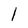
Character: l